Reports on dispensaries and lunatic asylums in the Province of Oudh - 1869-1876
Year: 1869
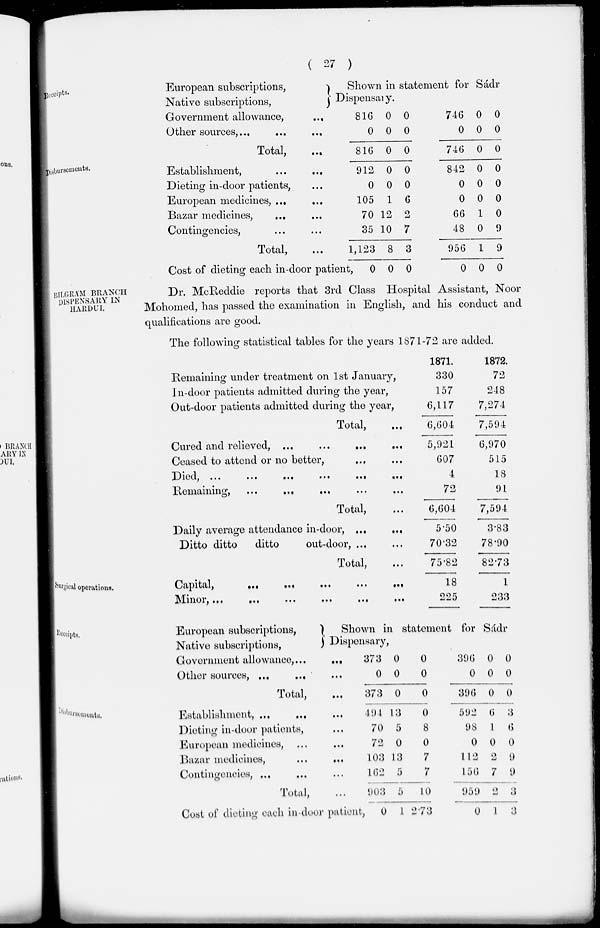
( 27 )
Receipts.
European subscriptions,
Native subscriptions,
Government allowance,
...
Other sources, ... ... ...
Total,
...
Shown in statement for Sádr
Dispensary.
816
0
816
0
0
0
0
0
0
746
0
746
0
0
0
0
0
0
Disbursements.
Establishment,
...
...
Dieting in-door patients, ...
European medicines, ... ...
Bazar medicines, ... ...
Contingencies, ... ...
Total, ...
Cost of dieting each in-door patient,
912
0
105
70
35
1,123
0
0
0
1
12
10
8
0
0
0
6
2
7
3
0
842
0
0
66
48
956
0
0
0
0
1
0
1
0
0
0
0
0
9
9
0
BILGRÁM BRANCH
DISPENSARY IN
HARDUI.
Dr. McReddie reports that 3rd Class Hospital Assistant, Noor
Mohomed, has passed the examination in English, and his conduct and
qualifications are good.
The following statistical tables for the years 1871-72 are added.
Remaining under treatment on 1st January,
In-door patients admitted during the year,
Out-door patients admitted during the year,
Total,
Cured and relieved, ... ... ... ...
Ceased to attend or no better,
Died, ... ... ... ... ... ...
Remaining, ... ... ... ... ...
Total, ...
Daily average attendance in-door,
...
...
Ditto ditto
ditto
out-door, ... ...
Total, ...
1871.
330
157
6,117
6,604
5,921
607
4
72
6,604
5.50
70.32
75.82
1872.
72
248
7,274
7,594
6,970
515
18
91
7,594
3.83
78.90
82.73
Surgical operations.
Capital,
...
...
...
...
...
Minor, ... ... ... ... ... ...
18
225
1
233
Receipts.
European subscriptions,
Native subscriptions,
Government allowance, ...
Other sources,
...
...
Total,
Shown in statement for Sádr
Dispensary,
...
...
...
373
0
373
0
0
0
0
0
0
396
0
396
0 0
0 0
0 0
Disbursements.
Establishment, ... ... ...
Dieting in-door patients, ...
European medicines, ... ...
Bazar medicines,
...
...
Contingencies, ... ... ...
Total, ...
Cost of dieting each in-door patient,
494
70
72
103
162
903
0
13
5
0
13
5
5
1
0
8
0
7
7
10
273
592
98
0
112
156
959
0
6
1
0
2
7
1
3
6
0
9
9
3
3